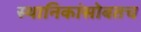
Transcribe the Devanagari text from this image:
स्थानिकांसोबतच